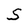
Character: S